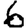
Digit: 6